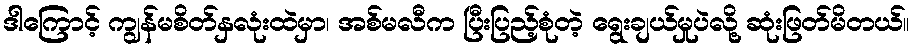
ဒါကြောင့် ကျွန်မစိတ်နှလုံးထဲမှာ၊ အစ်မလီက ပြီးပြည့်စုံတဲ့ ရွေးချယ်မှုပဲလို့ ဆုံးဖြတ်မိတယ်။